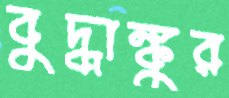
বুদ্ধাঙ্কুর